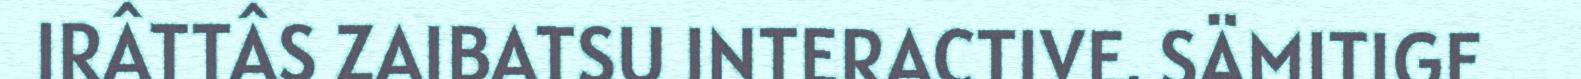
IRÂTTÂS ZAIBATSU INTERACTIVE. SÄMITIGE